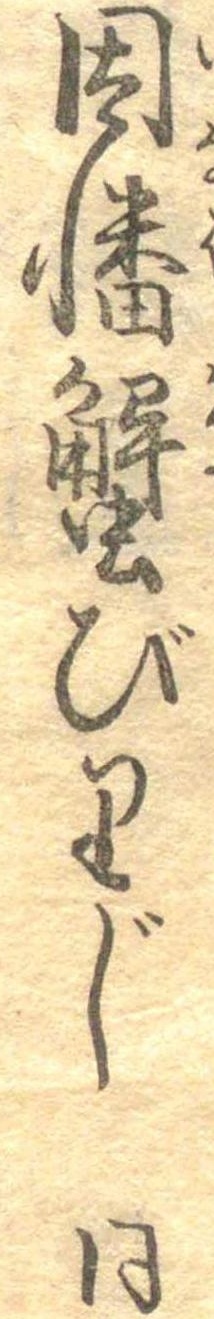
因幡蟹びりじ同